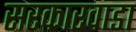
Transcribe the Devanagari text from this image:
सरकारवाडा